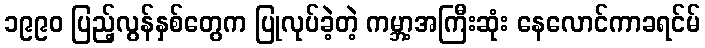
၁၉၉၀ ပြည့်လွန်နှစ်တွေက ပြုလုပ်ခဲ့တဲ့ ကမ္ဘာ့အကြီးဆုံး နေလောင်ကာခရင်မ်